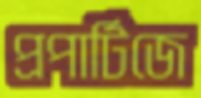
প্রপার্টিজে